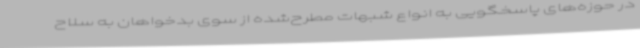
در حوزه‌های پاسخگویی به انواع شبهات مطرح‌شده از سوی بدخواهان به سلاح